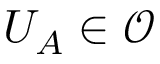
U _ { A } \in { \mathcal { O } }